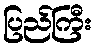
ပြည်ကြီး